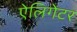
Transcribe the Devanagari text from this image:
ऐलिगेटर